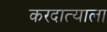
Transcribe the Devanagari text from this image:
करदात्याला